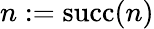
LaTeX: n:=\operatorname{succ}(n)